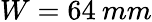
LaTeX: W=64\: mm